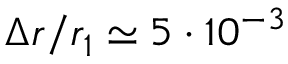
\Delta r / r _ { 1 } \simeq 5 \cdot 1 0 ^ { - 3 }